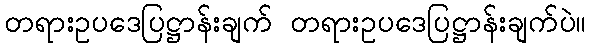
တရားဥပဒေပြဋ္ဌာန်းချက် တရားဥပဒေပြဋ္ဌာန်းချက်ပဲ။